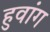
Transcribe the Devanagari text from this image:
हुवांग